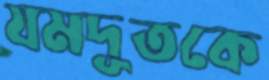
যমদূতকে